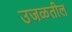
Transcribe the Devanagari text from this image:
उजळतील